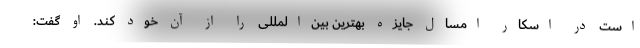
است در اسکار امسال جایزه بهترین بین‌المللی را از آن خود کند. او گفت: